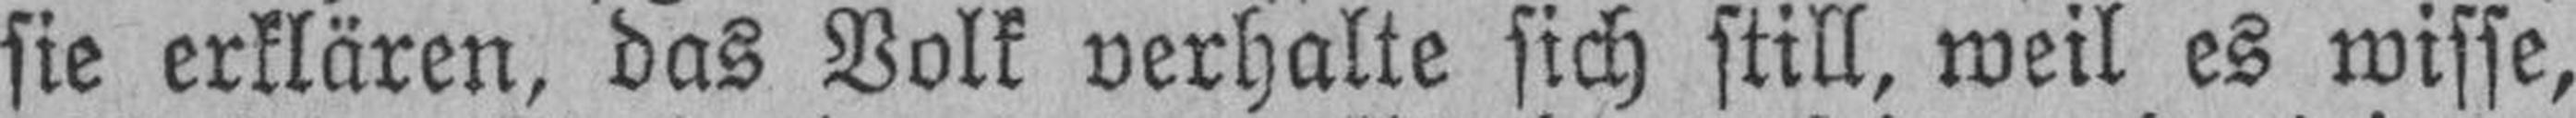
sie erklären, das Volk verhalte sich still, weil es wisse,